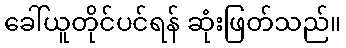
ခေါ်ယူတိုင်ပင်ရန် ဆုံးဖြတ်သည်။